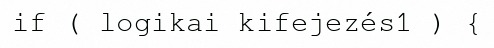
if ( logikai kifejezés1 ) {